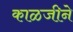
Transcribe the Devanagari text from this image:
काळजीने